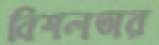
বিশলতার